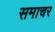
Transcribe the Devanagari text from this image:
समाचर